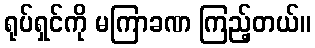
ရုပ်ရှင်ကို မကြာခဏ ကြည့်တယ်။